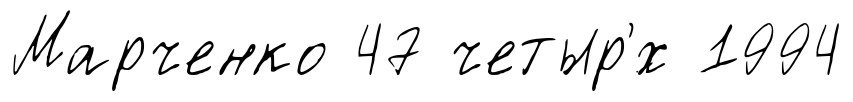
Марченко 47 четыр'́х 1994